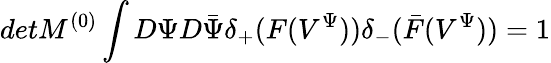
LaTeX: detM^{(0)}\int D\Psi D\bar{\Psi}\delta_{+}(F(V^{\Psi}))\delta_{-}(\bar{F}(V^{\Psi}))=1